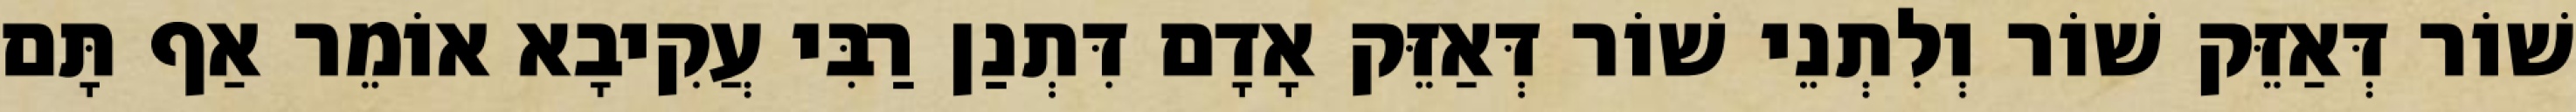
שׁוֹר דְּאַזֵּק שׁוֹר וְלִתְנֵי שׁוֹר דְּאַזֵּק אָדָם דִּתְנַן רַבִּי עֲקִיבָא אוֹמֵר אַף תָּם